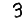
Digit: 3